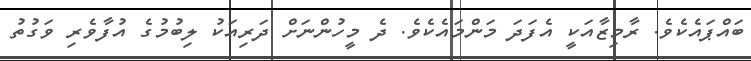
ބައްޕައެކެވެ. ރާމިޒާއަކީ އެފަދަ މަންމައެކެވެ. ދެ މީހުންނަށް ދަރިއަކު ލިބުމުގެ އުފާވެރި ވަގުތު